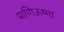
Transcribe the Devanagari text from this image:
प्राणिऊष्मा